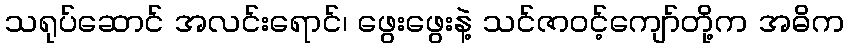
သရုပ်ဆောင် အလင်းရောင်၊ ဖွေးဖွေးနဲ့ သင်ဇာဝင့်ကျော်တို့က အဓိက